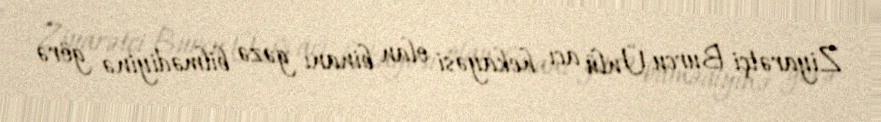
Ziyarətçi Burcu Ünlü acı hekayəsi olan binanı gəzə bilmədiyinə görə